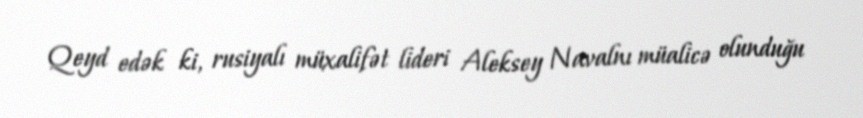
Qeyd edək ki, rusiyalı müxalifət lideri Aleksey Navalnı müalicə olunduğu